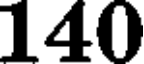
140